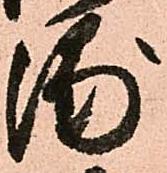
浦